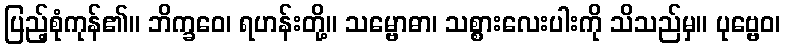
ပြည့်စုံကုန်၏။ ဘိက္ခဝေ၊ ရဟန်းတို့။ သမ္ဗောဓာ၊ သစ္စားလေးပါးကို သိသည်မှ။ ပုဗ္ဗေဝ၊